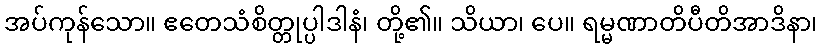
အပ်ကုန်သော။ ဧတေသံစိတ္တုပ္ပါဒါနံ၊ တို့၏။ သိယာ၊ ပေ။ ရမ္မဏာတိပီတိအာဒိနာ၊